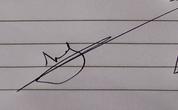
Signature authenticity: genuine